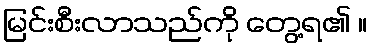
မြင်းစီးလာသည်ကို တွေ့ရ၏ ။